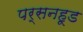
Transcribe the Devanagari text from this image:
पर्सनहूड